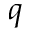
q